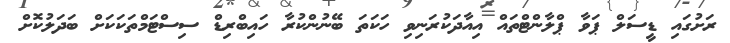
ރަށުގައި ޑީސަލް ޕަވާ ޕްލާންޓްތައް އިއާދަކުރަނިވި ހަކަތަ ބޭނުންކުރާ ހައިބްރިޑް ސިސްޓަމްތަކަކަށް ބަދަލުކޮށް